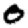
Digit: 0